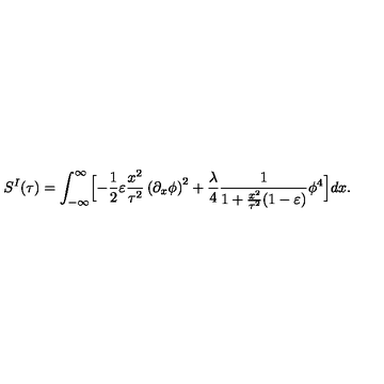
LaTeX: S ^ { I } ( \tau ) = \int _ { - \infty } ^ { \infty } \Bigl [ - { \frac { 1 } { 2 } } \varepsilon { \frac { x ^ { 2 } } { \tau ^ { 2 } } } \left( { \partial _ { x } \phi } \right) ^ { 2 } + { \frac { \lambda } { 4 } } { \frac { 1 } { 1 + { \frac { x ^ { 2 } } { \tau ^ { 2 } } } ( 1 - \varepsilon ) } } \phi ^ { 4 } \Bigr ] d x .